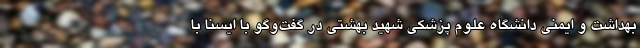
بهداشت و ایمنی دانشگاه علوم پزشکی شهید بهشتی در گفت‌وگو با ایسنا با